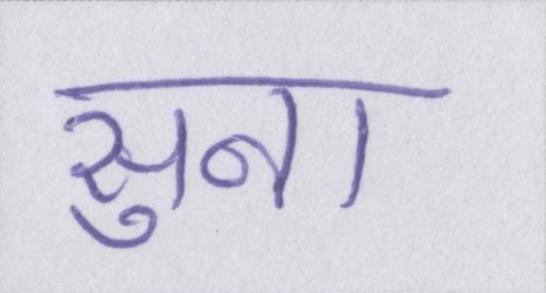
सुना